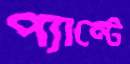
প্যান্টে